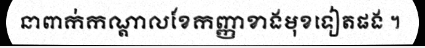
នាពាក់កណ្តាលខែកញ្ញាខាងមុខទៀតផង ។